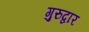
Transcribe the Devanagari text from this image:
गुरुद्वार